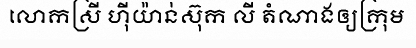
លោកស្រី ហ៊ីយ៉ាន់ស៊ុក លី តំណាងឲ្យក្រុម